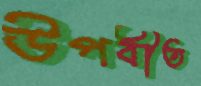
উপবীত